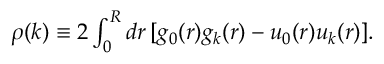
\begin{array} { r } { \rho ( k ) \equiv 2 \int _ { 0 } ^ { R } d r \, [ g _ { 0 } ( r ) g _ { k } ( r ) - u _ { 0 } ( r ) u _ { k } ( r ) ] . } \end{array}